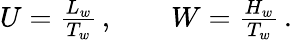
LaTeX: \begin{array}{r}{U=\frac{L_{w}}{T_{w}}\, ,\qquad W=\frac{H_{w}}{T_{w}}\, .}\end{array}